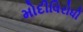
મોદીવિરોધી